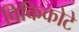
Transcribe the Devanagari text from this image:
विकिकोटे